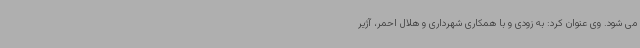
می شود. وی عنوان کرد: به زودی و با همکاری شهرداری و هلال احمر، آژیر